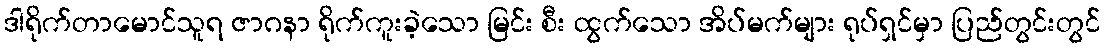
ဒါရိုက်တာမောင်သူရ ဇာဂနာ ရိုက်ကူးခဲ့သော မြင်း စီး ထွက်သော အိပ်မက်များ ရုပ်ရှင်မှာ ပြည်တွင်းတွင်